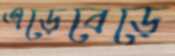
এড়েবেড়ে